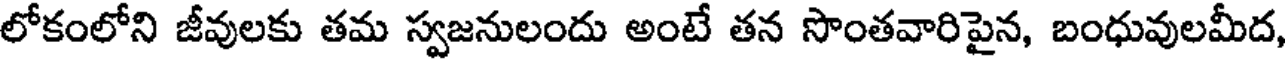
లోకంలోని జీవులకు తమ స్వజనులందు అంటే తన సొంతవారిపైన, బంధువులమీద,